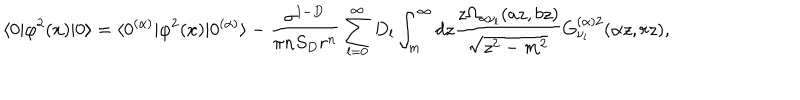
\langle 0 | \varphi ^ { 2 } ( x ) | 0 \rangle = \langle 0 ^ { ( \alpha ) } | \varphi ^ { 2 } ( x ) | 0 ^ { ( \alpha ) } \rangle - \frac { \sigma ^ { 1 - D } } { \pi n S _ { D } r ^ { n } } \sum _ { l = 0 } ^ { \infty } D _ { l } \int _ { m } ^ { \infty } d z \frac { z \Omega _ { \alpha \nu _ { l } } ( a z , b z ) } { \sqrt { z ^ { 2 } - m ^ { 2 } } } G _ { \nu _ { l } } ^ { ( \alpha ) 2 } ( \alpha z , r z ) ,